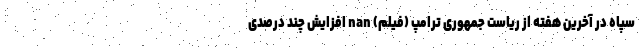
سپاه در آخرین هفته از ریاست جمهوری ترامپ (فیلم) nan افزایش چند درصدی